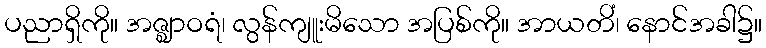
ပညာရှိကို။ အဇ္ဈာဝရံ၊ လွန်ကျူးမိသော အပြစ်ကို။ အာယတိံ၊ နောင်အခါ၌။